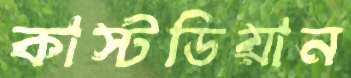
কাস্টডিয়ান